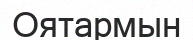
Оятармын